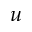
u